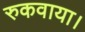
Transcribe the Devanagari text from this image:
रुकवाया।